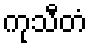
ကုသီတံ